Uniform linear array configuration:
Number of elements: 16
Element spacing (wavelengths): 0.25
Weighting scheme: kaiser
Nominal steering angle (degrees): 0
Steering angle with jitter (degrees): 0.8455
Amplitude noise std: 0.05
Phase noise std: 0.05

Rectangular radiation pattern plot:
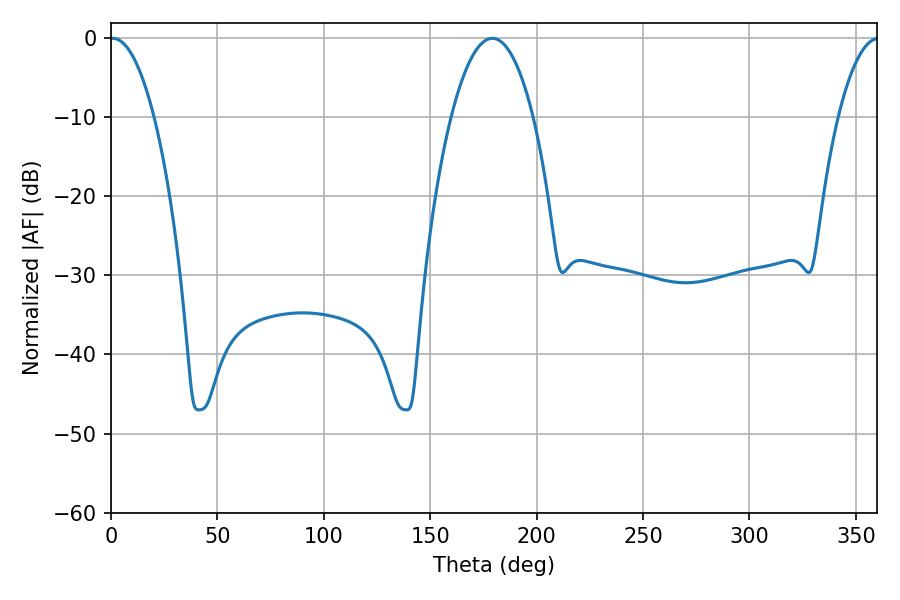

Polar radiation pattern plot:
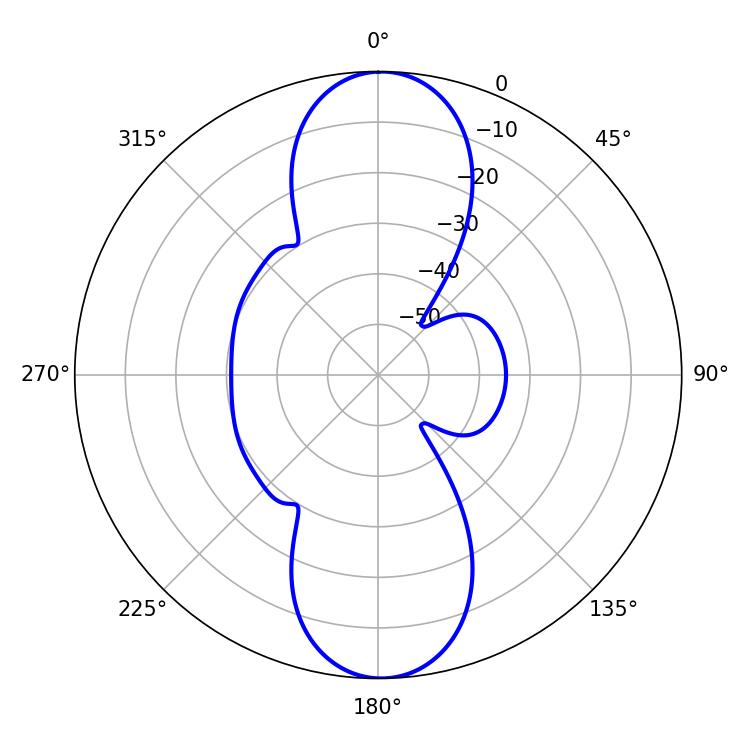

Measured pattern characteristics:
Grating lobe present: FALSE
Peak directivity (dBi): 22.737
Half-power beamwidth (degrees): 11.52
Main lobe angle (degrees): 0.72